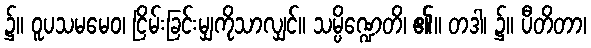
၌။ ဝူပသမမေဝ၊ ငြိမ်းခြင်းမျှကိုသာလျှင်။ သမ္ပိဏ္ဍေတိ၊ ၏။ တဒါ၊ ၌။ ပီတိတာ၊